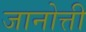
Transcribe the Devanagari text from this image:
जानोत्ती